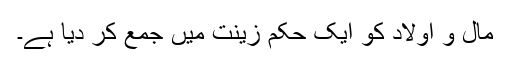
مال و اولاد کو ایک حکم زینت میں جمع کر دیا ہے۔